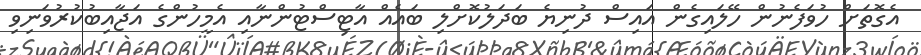
އެގޮތަށް ހުވަފެނުން ހޭލައިގެން އައިސް ދުނިޔެ ބަދަލުކޮށްލި ބައެއް އާޓިސްޓުންނާއި އެމީހުންގެ އަޖާއިބުކުރުވަނިވި